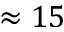
\approx 1 5